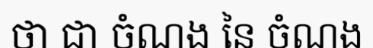
ថា ជា ចំណង នៃ ចំណង